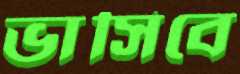
ভাসিবে